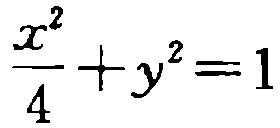
$\frac{x^{2}}{4}+y^{2}=1$